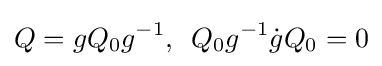
Q=gQ_{0}g^{-1},\,\,\,Q_{0}g^{-1}{\dot {g}}Q_{0}=0